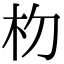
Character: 𬂟